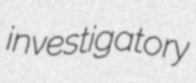
investigatory